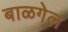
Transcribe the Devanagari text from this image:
बाळगेल